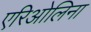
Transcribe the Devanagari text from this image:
एरिओलिना